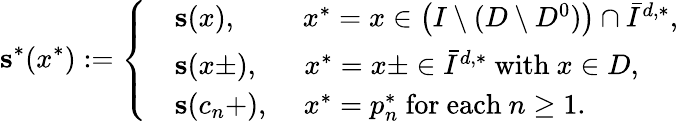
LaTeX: \mathbf{s}^{*}(x^{*}):=\left\lbrace\begin{array}{rl}&{\mathbf{s}(x),\quad\quad\; x^{*}=x\in\left(I\setminus(D\setminus D^{0})\right)\cap\bar{I}^{d,*},}\\ &{\mathbf{s}(x\pm),\quad\; \; x^{*}=x\pm\in\bar{I}^{d,*}\mathrm{~with~}x\in D,}\\ &{\mathbf{s}(c_{n}+),\quad\, x^{*}=p_{n}^{*}\mathrm{~for~each~}n\geq 1.}\end{array}\right.